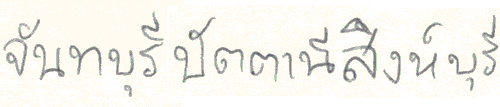
จันทบุรีปัตตานีสิงห์บุรี